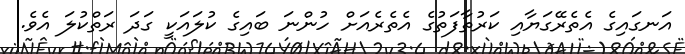
އަނގައިގެ އެތެރޭގަޔާއި ކަރުތާފަތުގެ އެތެރެއަށް ހުންނަ ބައިގެ ކުލައަކީ ގަދަ ރަތްކުލަ އެވެ.